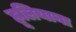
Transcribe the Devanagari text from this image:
हूलियाना